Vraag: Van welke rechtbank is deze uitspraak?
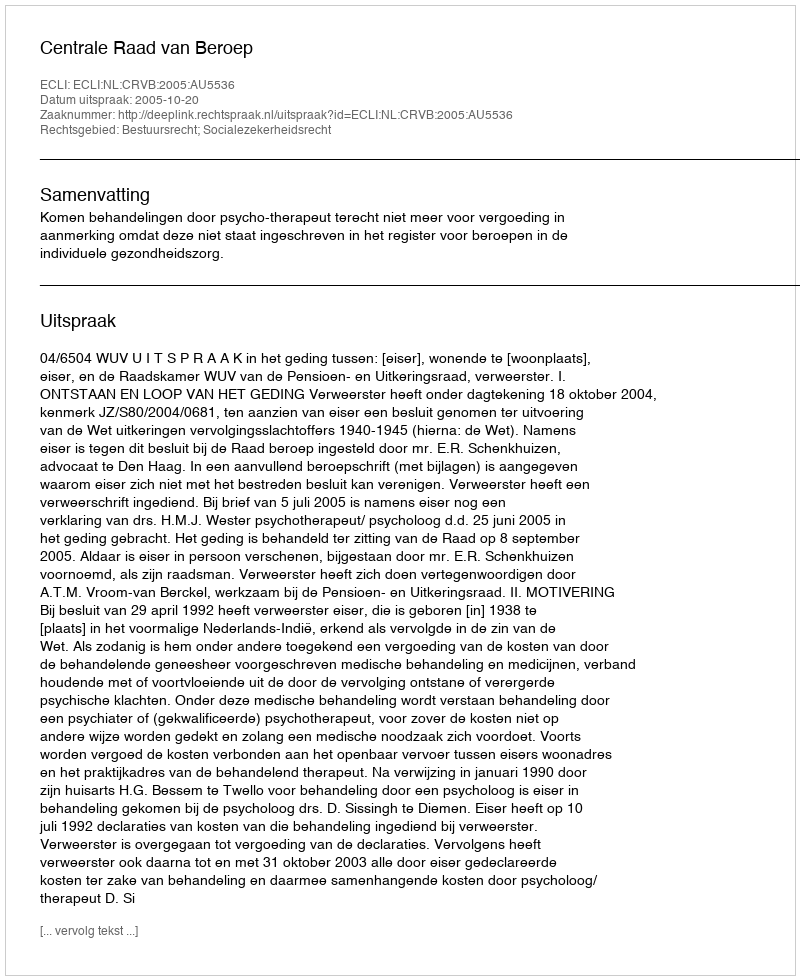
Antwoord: Centrale Raad van Beroep